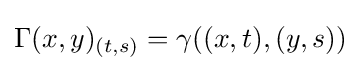
\Gamma (x,y)_{(t,s)}=\gamma ((x,t),(y,s))